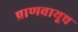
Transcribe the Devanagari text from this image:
प्राणवायूच